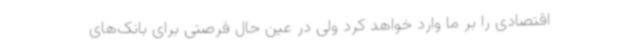
اقتصادی را بر ما وارد خواهد کرد ولی در عین حال فرصتی برای بانک‌های